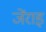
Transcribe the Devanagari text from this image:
जेंराइ